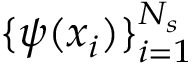
\{ \psi ( x _ { i } ) \} _ { i = 1 } ^ { N _ { s } }